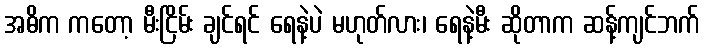
အဓိက ကတော့ မီးငြိမ်း ချင်ရင် ရေနဲ့ပဲ မဟုတ်လား၊ ရေနဲ့မီး ဆိုတာက ဆန့်ကျင်ဘက်